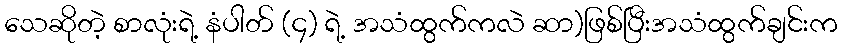
သေဆိုတဲ့ စာလုံးရဲ့ နံပါတ် (၄) ရဲ့ အသံထွက်ကလဲ ဆာ)ဖြစ်ပြီးအသံထွက်ချင်းက